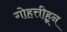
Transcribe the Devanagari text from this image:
गोहत्तीहून